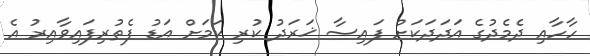
ހާހާއި ދެމެދުގެ އަދަދަކަށް ފައިސާ ޚަރަދު ކުރި ކަމަށް އަޑު ފެތުރިފައިވާއިރު އެ